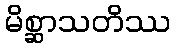
မိစ္ဆာသတိဿ